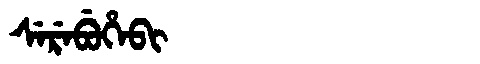
Manchu: ᠰᡝᡵᡝᠪᡠᡥᡝᠪᡳ
Romanization: SEREBUHEBI